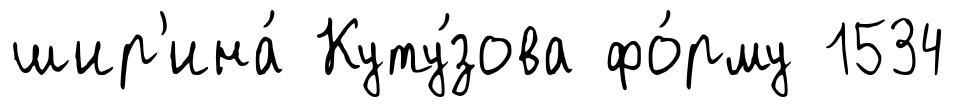
шир'ина́ Куту́зова фо́рму 1534